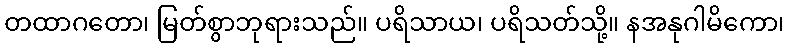
တထာဂတော၊ မြတ်စွာဘုရားသည်။ ပရိသာယ၊ ပရိသတ်သို့။ နအနုဂါမိကော၊